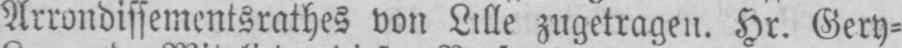
Arrondissementsrathes von Lille zugetragen. Hr. Gery⸗